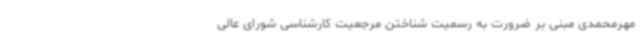
مهرمحمدی مبنی بر ضرورت به رسمیت شناختن مرجعیت کارشناسی شورای عالی